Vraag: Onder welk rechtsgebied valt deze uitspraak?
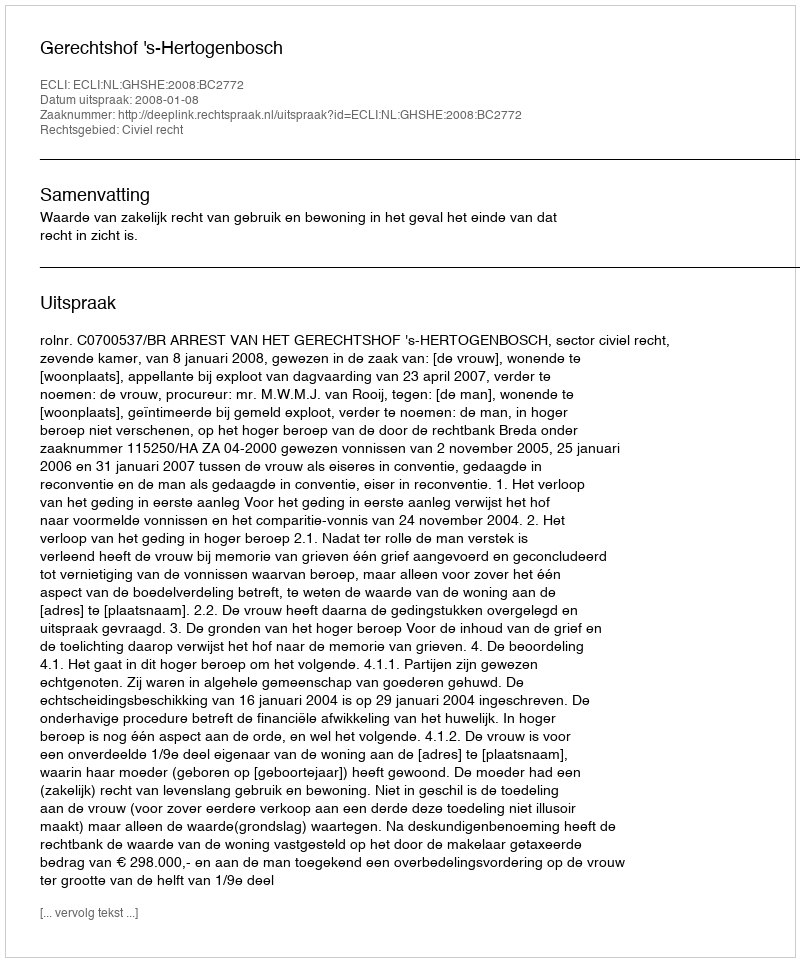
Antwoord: Civiel recht